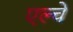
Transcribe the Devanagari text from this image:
एल्चे